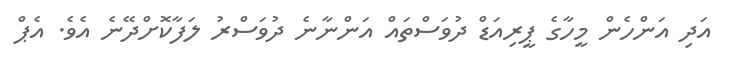
އަދި އަންހެން މީހާގެ ޕީރިއަޑް ދުވަސްތައް އަންނާނެ ދުވަސްރު ލަފާކޮށްދޭނެ އެވެ. އެޕް